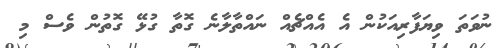
ނުވަތަ ވިޔަފާރިއަކުން އެ އެއްޗެއް ނައްތާލާނެ ގޮތާ ގުޅޭ ގޮތުން ވެސް މި